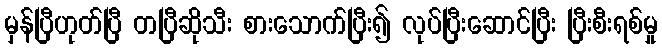
မှန်ပြီဟုတ်ပြီ တပြီဆိုသီး စားသောက်ပြီး၍ လုပ်ပြီးဆောင်ပြီး ပြီးစီးရစ်မှု